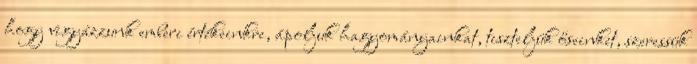
hogy vigyázzunk emberi értékeinkre, ápoljuk hagyományainkat, tiszteljük őseinket, szeressük